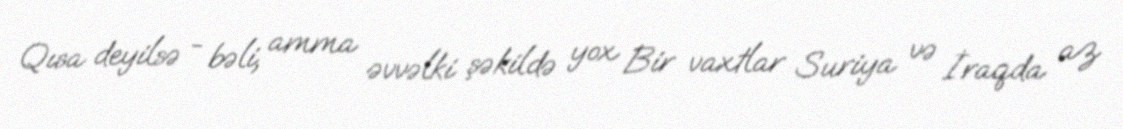
Qısa deyilsə - bəli, amma əvvəlki şəkildə yox Bir vaxtlar Suriya və İraqda az